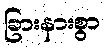
ခြားနားစွာ